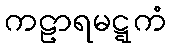
ကဠာရမဋ္ဋကံ